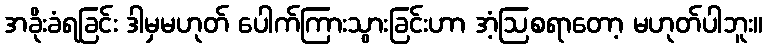
အခိုးခံရခြင်း ဒါမှမဟုတ် ပေါက်ကြားသွားခြင်းဟာ အံ့ဩစရာတော့ မဟုတ်ပါဘူး။